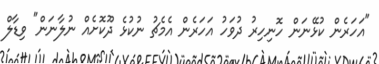
"އަހަރެން ކުޅޭނަން ހޮނިހިރު ދުވަހު އަހަރެން އެމެޗު ނުކުޅެ ދޫކޮށެއް ނުލާނަން" ވިޑާލް